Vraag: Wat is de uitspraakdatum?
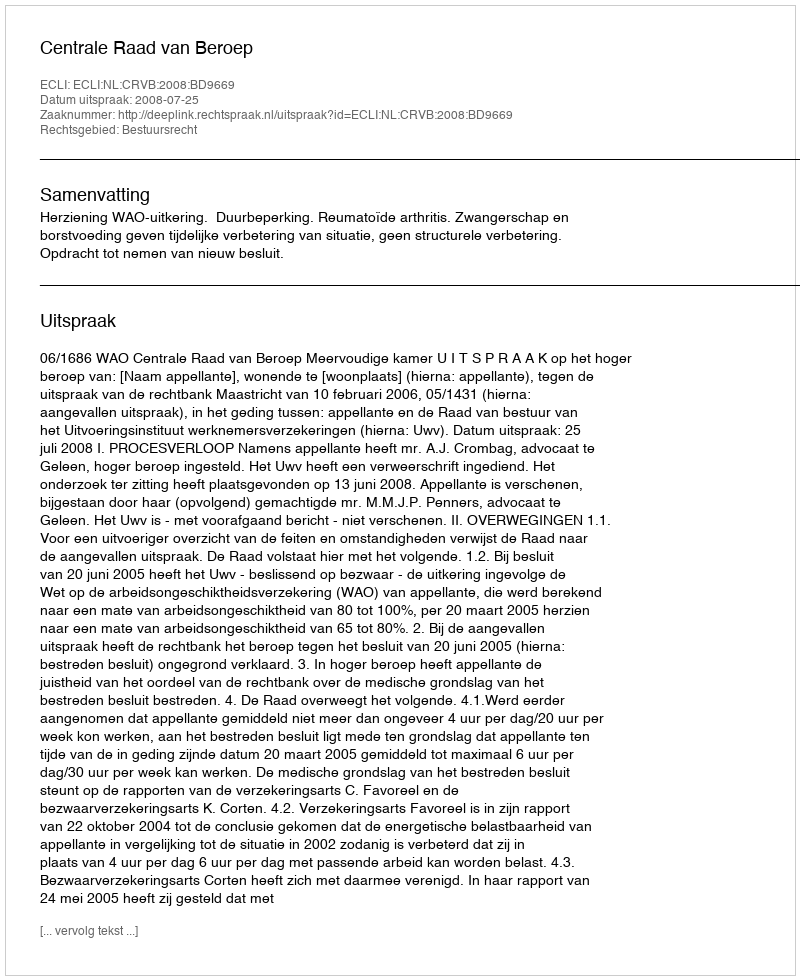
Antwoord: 2008-07-25